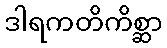
ဒါရကတိကိစ္ဆာ